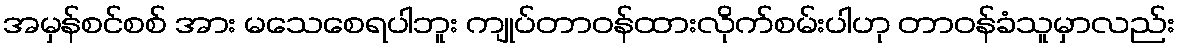
အမှန်စင်စစ် အား မသေစေရပါဘူး ကျုပ်တာဝန်ထားလိုက်စမ်းပါဟု တာဝန်ခံသူမှာလည်း